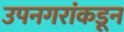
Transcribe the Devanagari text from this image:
उपनगरांकडून